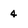
Character: 4